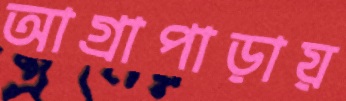
আগ্রাপাড়ায়